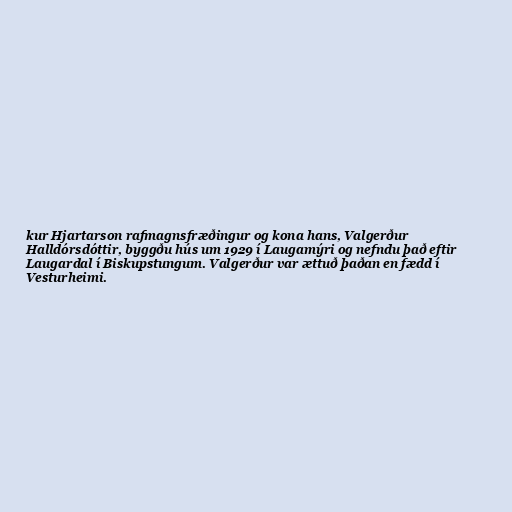
kur Hjartarson rafmagnsfræðingur og kona hans, Valgerður
Halldórsdóttir, byggðu hús um 1929 í Laugamýri og nefndu það eftir
Laugardal í Biskupstungum. Valgerður var ættuð þaðan en fædd í
Vesturheimi.